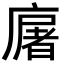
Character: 廜